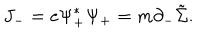
LaTeX: J _ { - } = e { \Psi } _ { + } ^ { \ast } { \Psi } _ { + } = m { \partial } _ { - } \tilde { \Sigma } .